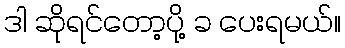
ဒါ ဆိုရင်တော့ပို့ ခ ပေးရမယ်။